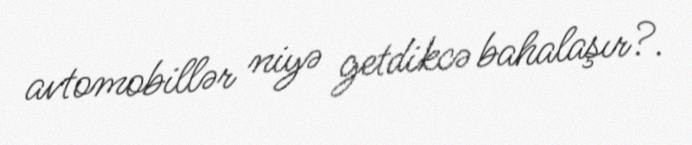
avtomobillər niyə getdikcə bahalaşır?.